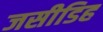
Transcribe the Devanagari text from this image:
जसीडिह